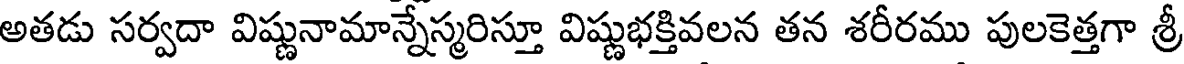
అతడు సర్వదా విష్ణునామాన్నేస్మరిస్తూ విష్ణుభక్తివలన తన శరీరము పులకెత్తగా శ్రీ